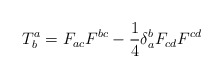
\begin{align*}T_{b}^{a}=F_{ac}F^{bc}-\frac{1}{4}\delta _{a}^{b}F_{cd}F^{cd}\end{align*}